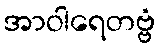
အာဝါရေတဗ္ဗံ